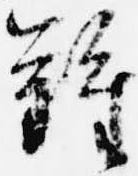
難